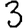
Digit: 3